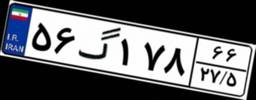
۵۶گ۱۷۸۶۶